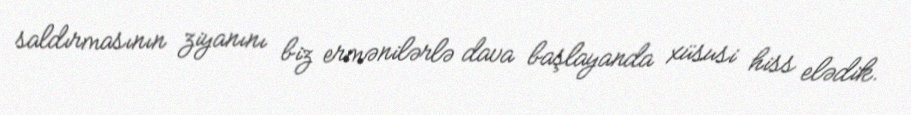
saldırmasının ziyanını biz ermənilərlə dava başlayanda xüsusi hiss elədik.